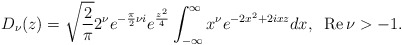
\begin{align*}D_\nu(z)=\sqrt{ {2\over \pi} } 2^\nu e^{ -{\pi\over2} \nu i} e^{ {z^2\over 4} }\int^{\infty}_{-\infty} x^\nu e^{-2x^2 + 2ixz} dx, \;\; {\rm Re}\,\nu > -1.\end{align*}